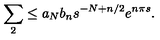
\sum _ { 2 } \leq a _ { N } b _ { n } s ^ { - N + n / 2 } e ^ { n \pi s } .